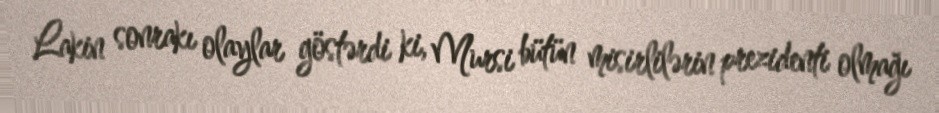
Lakin sonrakı olaylar göstərdi ki, Mursi bütün misirlilərin prezidenti olmağı